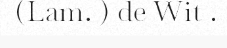
(Lam. ) de Wit .